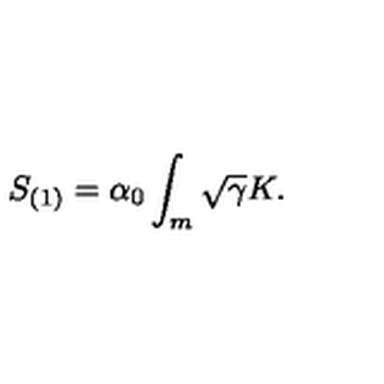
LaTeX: S _ { ( 1 ) } = \alpha _ { 0 } \int _ { m } \sqrt { \gamma } K .